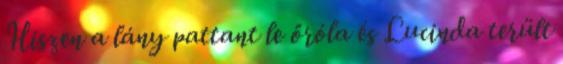
Hiszen a lány pattant le őróla és Lucinda terült